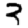
Digit: 3